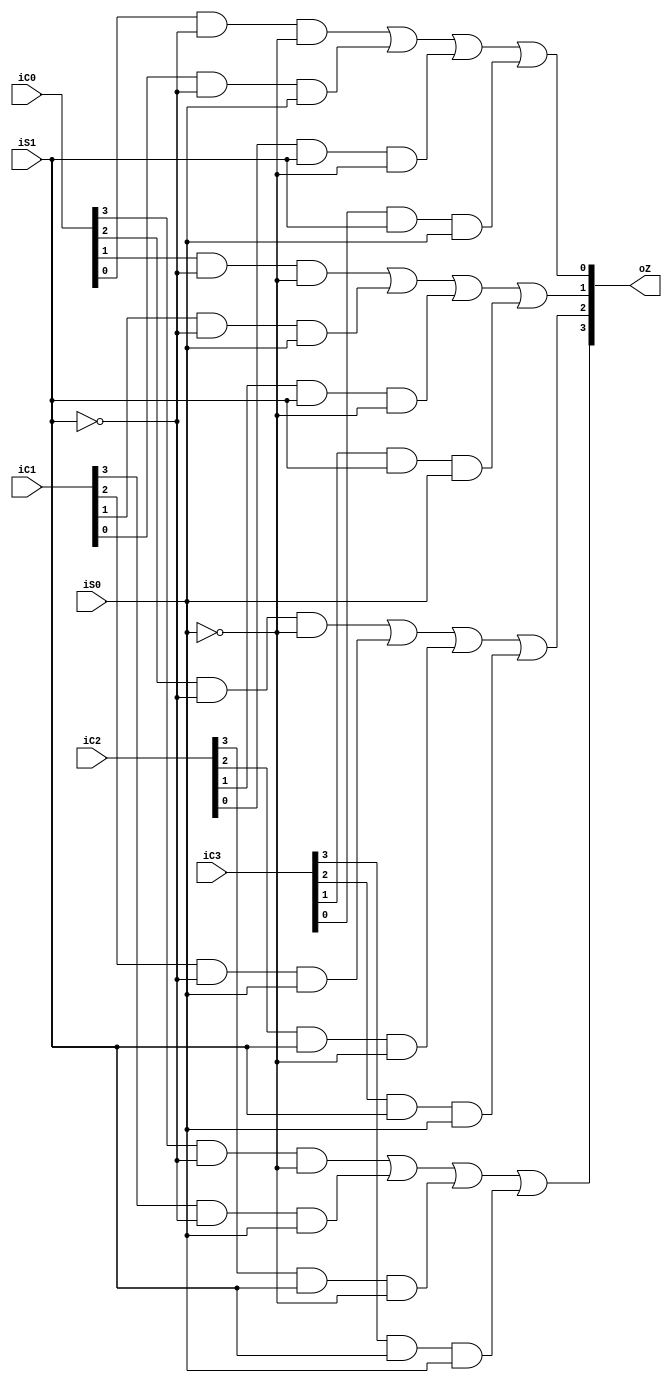
`timescale 1ns / 1ps
//////////////////////////////////////////////////////////////////////////////////
// Company: 
// Engineer: 
// 
// Design Name: 
// Module Name: selector41
// Project Name: 
// Target Devices: 
// Tool Versions: 
// Description: 
// 
// Dependencies: 
// 
// Revision:
// Revision 0.01 - File Created
// Additional Comments:
// 
//////////////////////////////////////////////////////////////////////////////////


module selector41(
    input [3:0] iC0,
    input [3:0] iC1,
    input [3:0] iC2,
    input [3:0] iC3,
    input iS1,
    input iS0,
    output [3:0] oZ
    );
    assign oZ[3]=iC0[3]&~iS1&~iS0|iC1[3]&~iS1&iS0|iC2[3]&iS1&~iS0|iC3[3]&iS1&iS0;
    assign oZ[2]=iC0[2]&~iS1&~iS0|iC1[2]&~iS1&iS0|iC2[2]&iS1&~iS0|iC3[2]&iS1&iS0;
    assign oZ[1]=iC0[1]&~iS1&~iS0|iC1[1]&~iS1&iS0|iC2[1]&iS1&~iS0|iC3[1]&iS1&iS0;
    assign oZ[0]=iC0[0]&~iS1&~iS0|iC1[0]&~iS1&iS0|iC2[0]&iS1&~iS0|iC3[0]&iS1&iS0;
    
endmodule